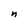
Character: n